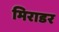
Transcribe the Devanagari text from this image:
मिराडर